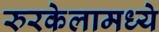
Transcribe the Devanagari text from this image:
रुरकेलामध्ये